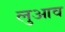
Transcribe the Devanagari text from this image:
लुआव